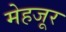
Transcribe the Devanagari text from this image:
मेहजूर